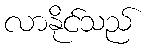
လာနိုင်သည်